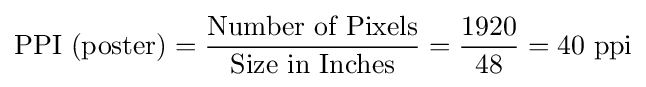
{\text{PPI (poster)}}={\frac {\text{Number of Pixels}}{\text{Size in Inches}}}={\frac {1920}{48}}=40{\text{ ppi}}